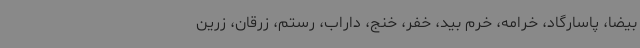
بیضا، پاسارگاد، خرامه، خرم بید، خفر، خنج، داراب، رستم، زرقان، زرین